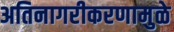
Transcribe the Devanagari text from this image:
अतिनागरीकरणामुळे